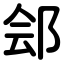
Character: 郐